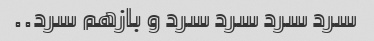
سرد سرد سرد سرد و بازهم سرد..